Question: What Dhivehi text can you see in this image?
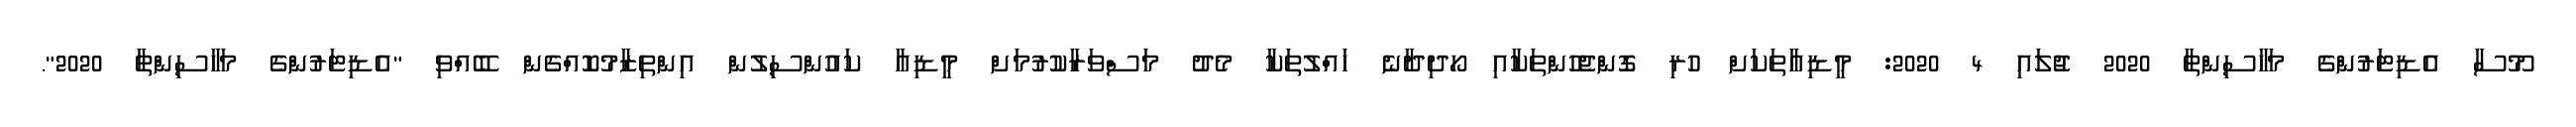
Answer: މޫސާ އެޑިޓަރުންގެ މަހާސިންތާ 2020 ޖުލައި 4 2020: މީޑިއާތަކަށް ހުރި ގޮންޖެހުންތަކާއި ހޯދިދާނެ ހައްލުތަކާ މެދު މަސްވަރާކުރުމަށް މީޑިއާ ކައުންސިލުން އިންތިޒާމުކޮއްގެން ބޭއްވި "އެޑިޓަރުންގެ މަހާސިންތާ 2020".